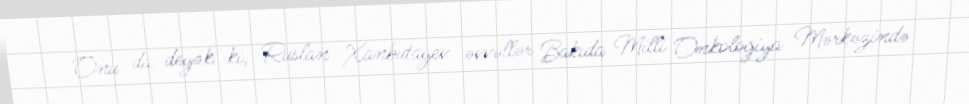
Onu da deyək ki, Ruslan Xanbutayev əvvəllər Bakıda Milli Onkologiya Mərkəzində